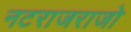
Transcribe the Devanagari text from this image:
नटराजराजो